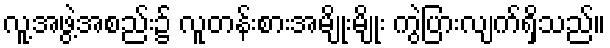
လူ့အဖွဲ့အစည်း၌ လူတန်းစားအမျိုးမျိုး ကွဲပြားလျက်ရှိသည်။